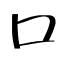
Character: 口